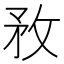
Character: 敄